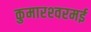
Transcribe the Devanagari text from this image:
कुमारश्‍वरमई